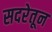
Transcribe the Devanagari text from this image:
सदरेतून